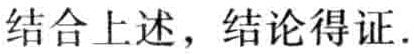
结合上述，结论得证.